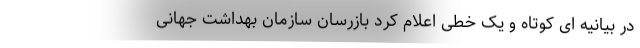
در بیانیه ای کوتاه و یک خطی اعلام کرد بازرسان سازمان بهداشت جهانی